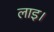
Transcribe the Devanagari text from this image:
लाइ।